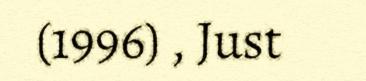
(1996) , Just